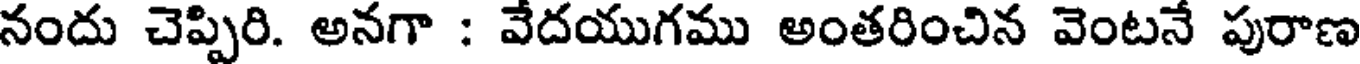
నందు చెప్పిరి. అనగా : వేదయుగము అంతరించిన వెంటనే పురాణ